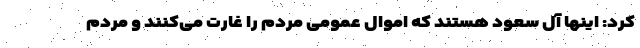
کرد: اینها آل سعود هستند که اموال عمومی مردم را غارت می‌کنند و مردم